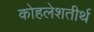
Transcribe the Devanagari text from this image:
कोहलेशतीर्थ